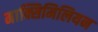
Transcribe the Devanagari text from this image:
माक्सिमिलियन